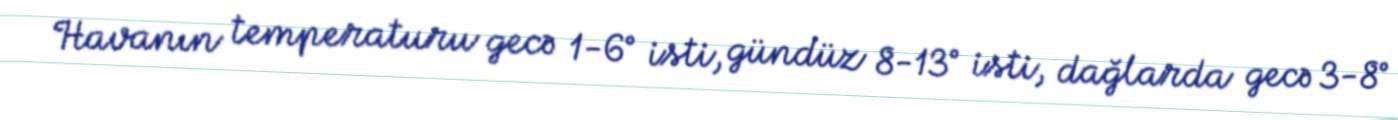
Havanın temperaturu gecə 1-6° isti, gündüz 8-13° isti, dağlarda gecə 3-8°